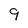
Character: 9